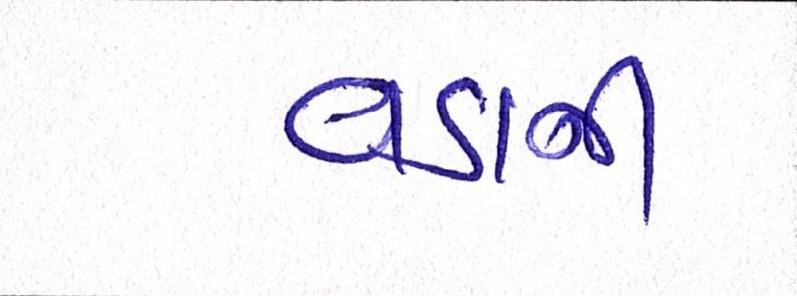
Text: વડાની